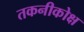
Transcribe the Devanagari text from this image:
तकनीकोक्ष